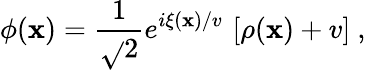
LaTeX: \phi(\mathbf{x})=\frac{{1}}{{\sqrt{}{{2}}}}e^{i\xi(\mathbf{x})/v}\, \left[\rho(\mathbf{x})+v\right]\ ,